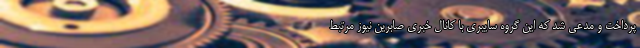
پرداخت و مدعی شد که این گروه سایبری با کانال خبری صابرین نیوز مرتبط